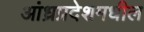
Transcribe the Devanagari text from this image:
आंध्रप्रदेशमधील